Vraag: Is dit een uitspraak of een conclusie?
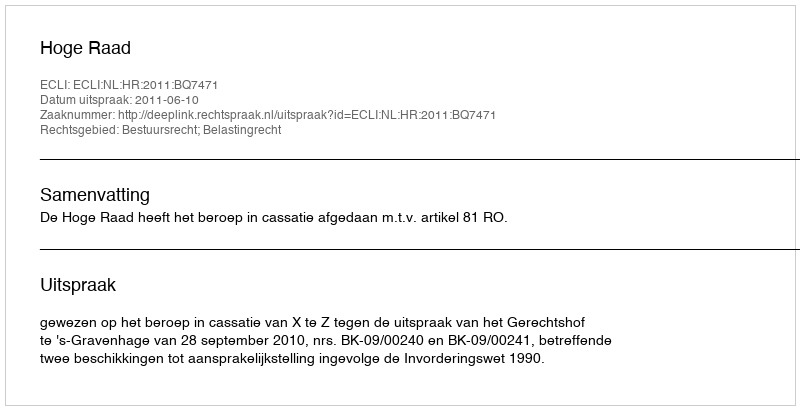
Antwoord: Uitspraak